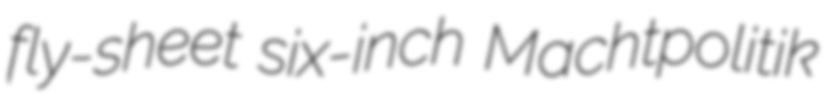
fly-sheet six-inch Machtpolitik